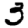
Digit: 3